Vaccination North-Western Provinces and Oudh 1896-1901 - 1896-1901
Year: 1896
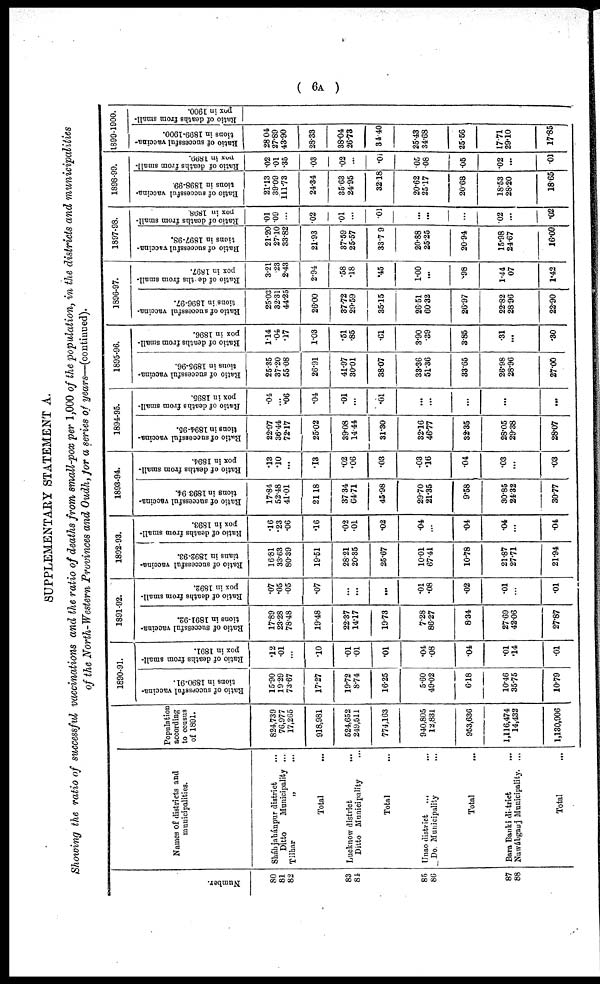
( 6A )
SUPPLEMENTARY STATEMENT A.
Showing the ratio of successful vaccinations and the ratio of deaths from small-pox per 1,000 of the population, in the districts and municipalities
of the North-Western Provinces and Oudh,for a series of years—(continued).
Number.
80
81
82
83
84
85
86
87
88
Names of districts and
municipalities.
Sháhjahánpur district ...
Ditto
Municipality ...
Tilhar
„ ...
Total ...
Lucknow district ...
Ditto Municipality ...
Total ...
Unao district ... ...
Do. Municipality ...
Total ...
Bara Banki district
...
Nuwábganj Municipality. ...
Total ...
Population
according
to ceusus
of 1891.
824,739
76,977
17,265
918,981
524,652
249,511
774,163
940,805
12,831
953,636
1,116,474
14,432
1,130,906
1890-91.
Ratio of successful vaccina-
tions in 1890-91.
15.90
19.29
73.67
17.27
19.72
8.74
16.25
5.60
49.02
6.18
10.46
35.75
10.79
Ratio of deaths from small-
pox in 1891.
.12
.01
...
.10
.01
.01
.01
.04
.08
.04
.01
.14
.01
1891-92.
Ratio of successful vaccina-
tions in 1891-92.
17.89
23.28
78.48
19.48
22.37
14.17
19.73
7.28
86.27
8.34
27.69
42.06
27.87
Ratio of deaths from small-
pox in 1892.
.07
.05
.05
.07
...
...
...
.01
.08
.02
.01
...
.01
1892-93.
Ratio of successful vaccina-
tians in 1892-93.
16.81
33.63
80.39
19.51
28.21
20.35
25.67
10.01
67.41
10.78
21.87
27.71
21.94
Ratio of deaths from small-
pox in 1893.
.16
.23
.06
.16
.02
.01
.02
.04
...
.04
.04
...
.04
1893-94.
Ratio of successful vaccina-
tions in 1893-94.
17.84
52.48
41.01
21.18
37.34
64.71
45.98
29.70
21.35
9.58
30.85
24.32
30.77
Ratio of deaths from small-
pox in 1894.
.13
.10
...
.13
.02
.06
.03
.03
.16
.04
.03
...
03
1894-95.
Ratio of successful vaccina-
tions in 1894-95.
22.97
36.44
72.17
25.02
39.08
14.44
31.30
32.16
46.77
32.35
28.05
29.38
28.07
Ratio of deaths from small-
pox in 1895.
.04
...
.06
.04
.01
...
.01
...
...
...
...
...
1895-96.
Ratio of successful vaccina-
tions in 1895-96.
25.35
37.20
55.08
26.91
41.97
30.01
38.07
33.36
51.36
33.65
26.98
28.96
27.00
Ratio of deaths from small-
pox in 1896.
1.14
.04
.17
1.03
.51
.85
.61
3.90
.39
3.85
.31
...
.30
1896-97.
Ratio of successful vaccina-
tions in 1896-97.
25.03
32.31
44.25
26.00
37.72
29.59
35.15
26.51
60.32
26.97
22.82
28.96
22.90
Ratio of deaths from small-
pox in 1897.
3.21
.23
2.43
2.94
.58
.18
.45
1.00
...
.98
1.44
07
1.42
1897-98.
Ratio of successful vaccina-
tions in 1897-98.
21.20
27.10
33.82
21.93
37.59
25.57
33.79
20.88
25.25
20.94
15.98
24.67
16.09
Ratio of deaths from small-
pox in 1898.
.01
.09
...
.02
.01
...
.01
...
...
...
.02
...
.02
1898-99.
Ratio of successful vaccina-
tions in 1898-99.
21.13
39.09
111.73
24.34
35.63
24.95
32.18
20.62
25.17
20.68
18.53
28.20
18.65
Ratio of deaths from small-
pox in 1899.
.02
.01
.35
.03
.02
...
.01
.05
.08
.05
.02
...
.01
1899-1900.
Ratio of successful vaccina-
tions in 1899-1900.
28.04
27.89
43.90
28.33
38.04
26.73
34.40
25.43
34.68
25.56
17.71
29.10
17.85
Ratio of deaths from small-
pox in 1900.